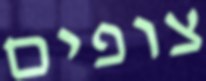
צופים